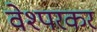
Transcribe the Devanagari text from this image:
वेश्परकर